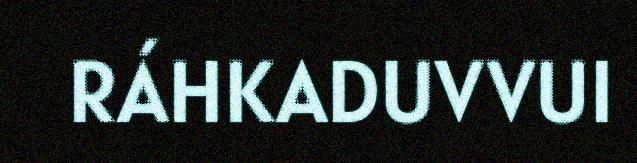
RÁHKADUVVUI